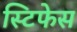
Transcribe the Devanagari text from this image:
स्टिफेस